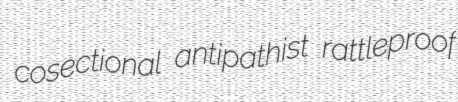
cosectional antipathist rattleproof